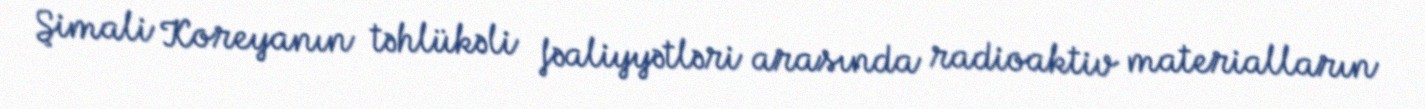
Şimali Koreyanın təhlükəli fəaliyyətləri arasında radioaktiv materialların